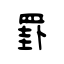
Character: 罫